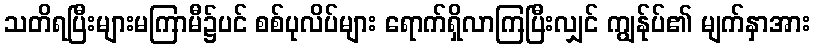
သတိရပြီးများမကြာမီ၌ပင် စစ်ပုလိပ်များ ရောက်ရှိလာကြပြီးလျှင် ကျွန်ုပ်၏ မျက်နှာအား